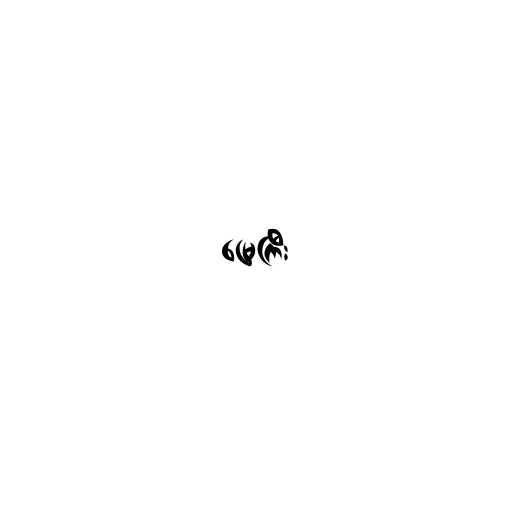
မြေကြီး